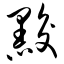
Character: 黢